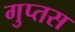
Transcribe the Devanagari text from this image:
गुप्तस